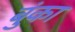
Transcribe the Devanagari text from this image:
बुंका